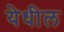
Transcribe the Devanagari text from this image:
येधील